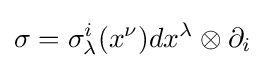
\sigma =\sigma _{\lambda }^{i}(x^{\nu })dx^{\lambda }\otimes \partial _{i}